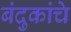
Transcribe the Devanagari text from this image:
बंदुकांचे